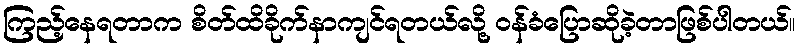
ကြည့်နေရတာက စိတ်ထိခိုက်နာကျင်ရတယ်လို့ ဝန်ခံပြောဆိုခဲ့တာဖြစ်ပါတယ်။